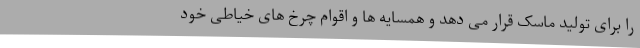
را برای تولید ماسک قرار می دهد و همسایه ها و اقوام چرخ های خیاطی خود